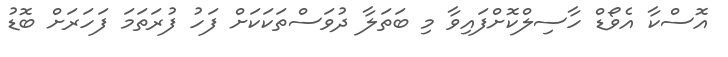
އޮސްކާ އެވޯޑް ހާސިލްކޮށްފައިވާ މި ބަތަލާ ދުވަސްތަކަކަށް ފަހު ފުރަތަމަ ފަހަރަށް ބޮޑު